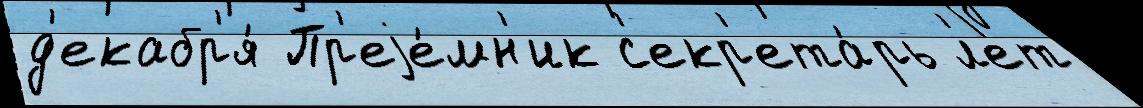
д'екабр'я́ Пр'еjе́мн'ик с'екр'ета́рь л'ет